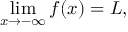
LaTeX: \operatorname* { l i m } _ { x \to - \infty } f ( x ) = L ,